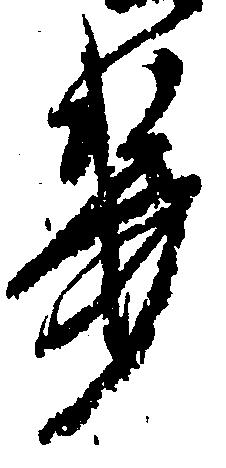
き